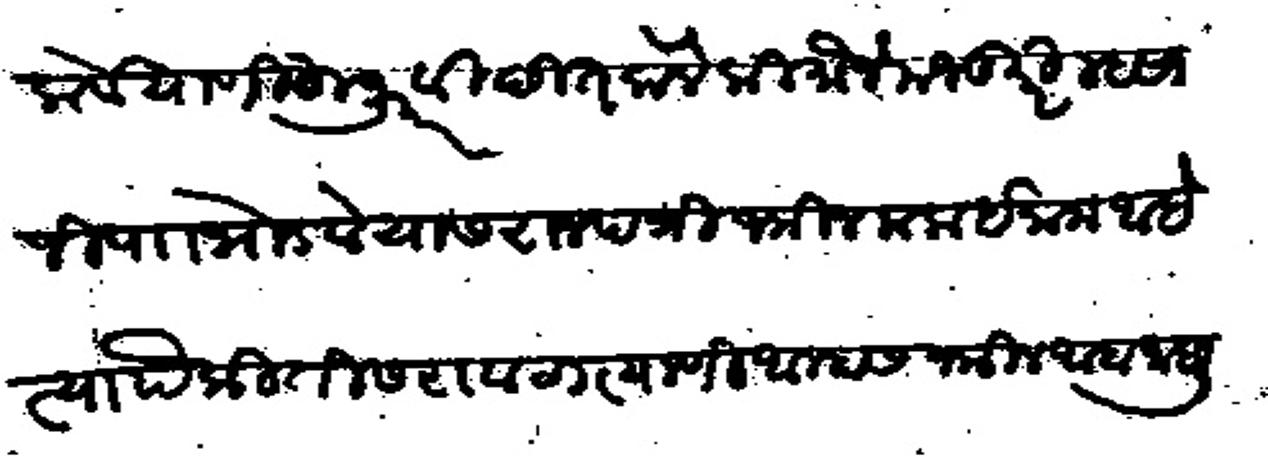
Transliteration (Devanagari): कर्वे याणी हुजूर विदीतकेले की मौजे मजकुरी म्हसाजी पाा भोडवे यास राजपत्री जमीन मला ईनाम आहे त्यापैकी तीसरा वाटा त्याणी आम्हास जमीन आबा जाबली